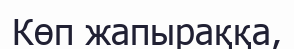
Көп жапыраққа,